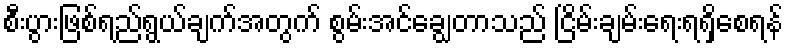
စီးပွားဖြစ်ရည်ရွယ်ချက်အတွက် စွမ်းအင်ချွေတာသည် ငြိမ်းချမ်းရေးရရှိစေရန်